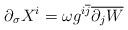
LaTeX: \begin{align*}\partial _{\sigma }X^{i}=\omega g^{i\overline{j}}\overline{\partial _{j}W} \end{align*}